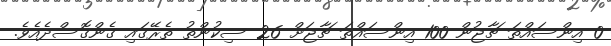
0 އިންސައްތަ ޗާޖުން 100 އިންސައްތަ ޗާޖަށް 26 ސިކުންތު ތެރޭގައި ގެންގޮސްދެއެވެ.